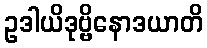
ဥဒါယိဒုဗ္ဗိနောဒယာတိ